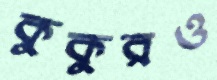
কুকুরও